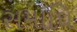
સમાઘિ